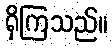
ရှိကြသည်။